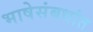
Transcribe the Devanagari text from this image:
भाषेसंबधांत